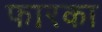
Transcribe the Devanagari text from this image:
फारका